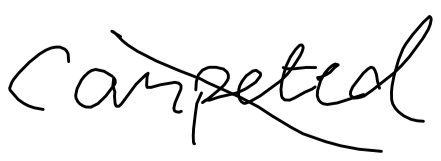
Text: competed
Cross-out: diagonal
Writing tool: digital_black